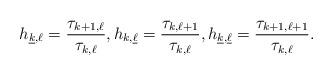
LaTeX: \begin{gather*}h_{\underline{k},\ell}=\frac{\tau_{k+1,\ell}}{\tau_{k,\ell}},h_{{k},\underline{\ell}}=\frac{\tau_{k,\ell+1}}{\tau_{k,\ell}},h_{\underline{k},\underline{\ell}}=\frac{\tau_{k+1,\ell+1}}{\tau_{k,\ell}}.\end{gather*}